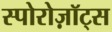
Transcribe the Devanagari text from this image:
स्पोरोज़ॉट्स